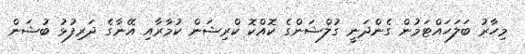
މިހާރު ބަލަހައްޓަމުން ގެންދަނީ ގުލްޝަންގެ ކޮއްކޮ ކްރިޝަން ކުމާރާއި އޭނާގެ ދަރިފުޅު ބުޝަން